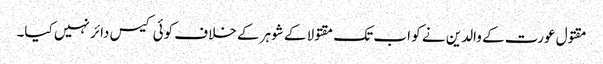
مقتول عورت کے والدین نے کو اب تک مقتولا کے شوہر کے خلاف کوئی کیس دائر نہیں کیا۔